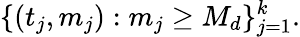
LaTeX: \{ (t_{j},m_{j}):m_{j}\geq M_{d}\} _{j=1}^{k}.